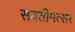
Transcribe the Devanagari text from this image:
सवतीमत्सर